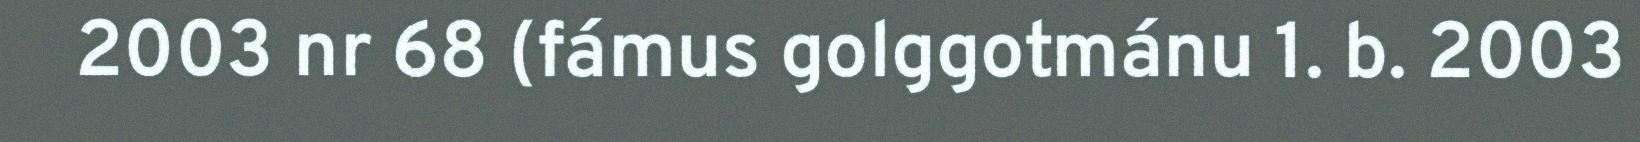
2003 nr 68 (fámus golggotmánu 1. b. 2003